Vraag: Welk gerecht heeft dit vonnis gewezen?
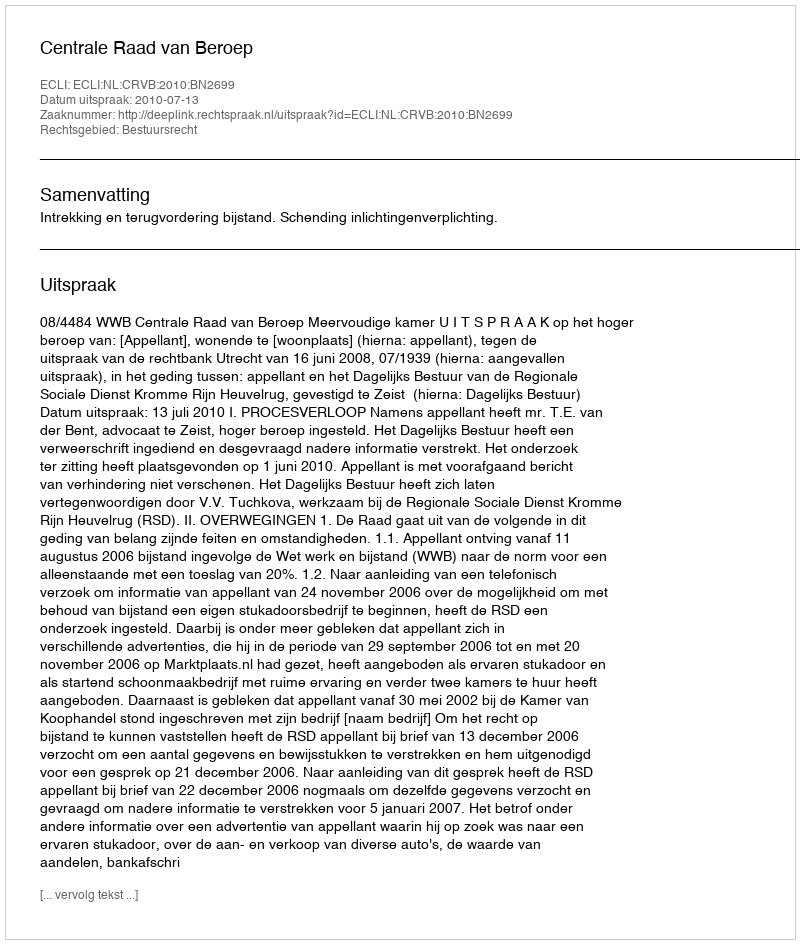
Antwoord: Centrale Raad van Beroep